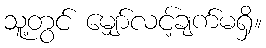
သူ့တွင် မျှော်လင့်ချက်မရှိ။